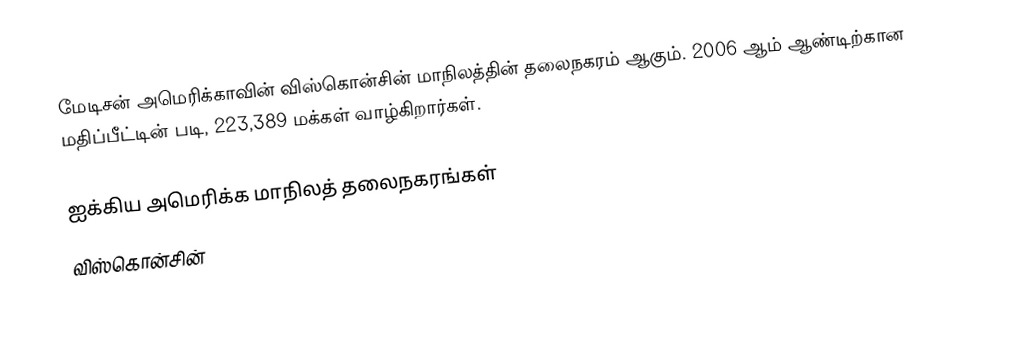
மேடிசன் அமெரிக்காவின் விஸ்கொன்சின் மாநிலத்தின் தலைநகரம் ஆகும். 2006 ஆம் ஆண்டிற்கான மதிப்பீட்டின் படி, 223,389 மக்கள் வாழ்கிறார்கள்.

ஐக்கிய அமெரிக்க மாநிலத் தலைநகரங்கள்
விஸ்கொன்சின்